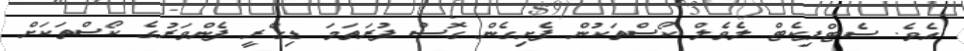
އެވެ. ސެޓްފިކެޓް ލެވެލް ކޯސްތަކުން ފެށިގެން ގޮސް ފުރަތަމަ ޑިގްރީ ފެންވަރުގެ ކޯސްތަކަށް